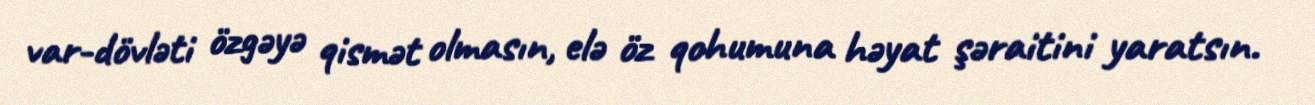
var-dövləti özgəyə qismət olmasın, elə öz qohumuna həyat şəraitini yaratsın.